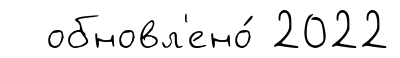
обновл'ено́ 2022